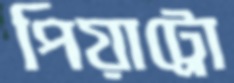
পিয়াট্রো